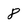
Character: 8